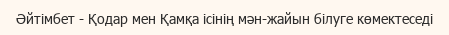
Әйтімбет - Қодар мен Қамқа ісінің мән-жайын білуге көмектеседі